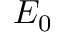
E _ { 0 }